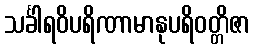
သင်္ခါရဝိပရိဏာမာနုပရိဝတ္တိဇာ